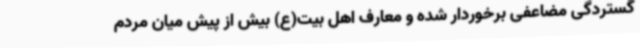
گستردگی مضاعفی برخوردار شده و معارف اهل بیت(ع) بیش از پیش میان مردم